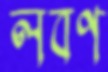
লবণ